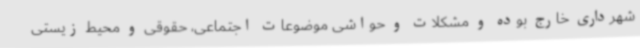
شهرداری خارج بوده و مشکلات و حواشی موضوعات اجتماعی، حقوقی و محیط زیستی